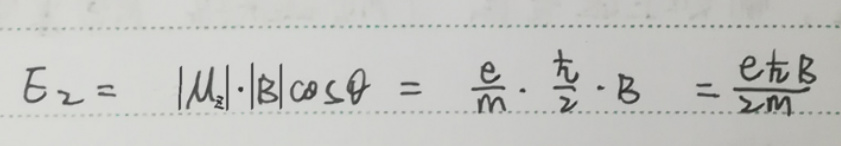
\[ E_z = |\mu_z|\cdot|B|\cos\theta=\frac{e}{m}\cdot\frac{\hbar}{2}\cdot B=\frac{e\hbar B}{2m} \]